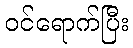
ဝင်ရောက်ပြီး